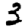
Digit: 3